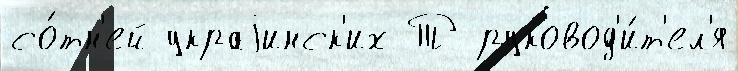
со́тн'ей украjинск'их Т руковод'и́т'ел'я